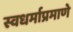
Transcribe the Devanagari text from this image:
स्वधर्माप्रमाणे